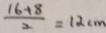
\frac { 1 6 + 8 } { 2 } = 1 2 c m